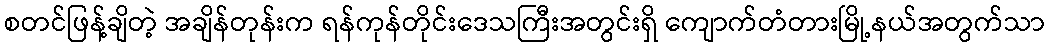
စတင်ဖြန့်ချိတဲ့ အချိန်တုန်းက ရန်ကုန်တိုင်းဒေသကြီးအတွင်းရှိ ကျောက်တံတားမြို့နယ်အတွက်သာ